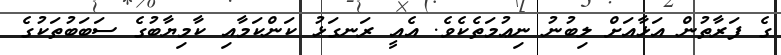
ގެ ފަރާތުން އަޅާއަށް ލިބުނު ނިޢުމަތެކެވެ. އެއީ ރަނގަޅު ކަންކަމާއި ކާމިޔާބުގެ ސަބަބުތަކުގެ